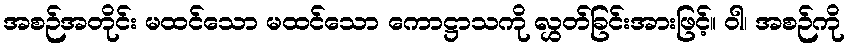
အစဉ်အတိုင်း မထင်သော မထင်သော ကောဋ္ဌာသကို လွှတ်ခြင်းအားဖြင့်။ ဝါ၊ အစဉ်ကို